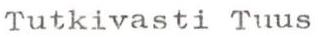
Tutkivasti Tuus